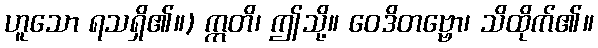
ဟူသော ရသရှိ၏။) ဣတိ၊ ဤသို့။ ဝေဒိတဗ္ဗော၊ သိထိုက်၏။